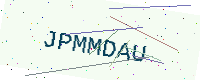
Text: JPMMDAU